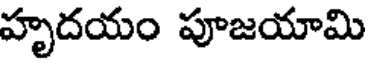
హృదయం పూజయామి